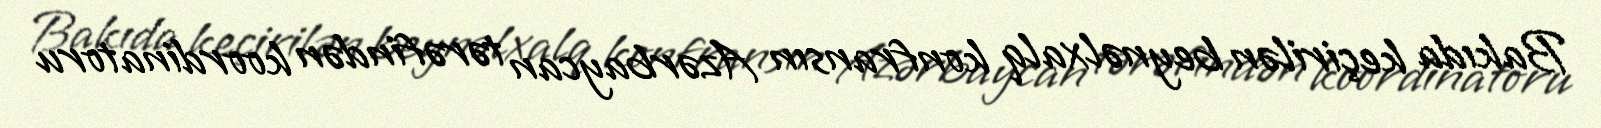
Bakıda keçirilən beynəlxalq konfransın Azərbaycan tərəfindən koordinatoru